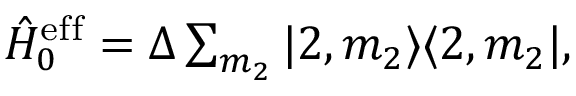
\begin{array} { r } { \hat { H } _ { 0 } ^ { \mathrm { e f f } } = \Delta \sum _ { m _ { 2 } } | 2 , m _ { 2 } \rangle \langle 2 , m _ { 2 } | , } \end{array}